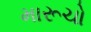
મારૂચો